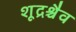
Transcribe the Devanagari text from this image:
शूद्रश्चैव